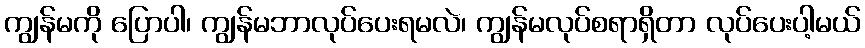
ကျွန်မကို ပြောပါ၊ ကျွန်မဘာလုပ်ပေးရမလဲ၊ ကျွန်မလုပ်စရာရှိတာ လုပ်ပေးပါ့မယ်